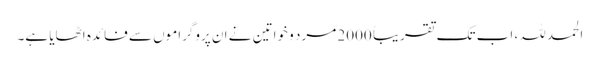
الحمد للہ، اب تک تقریباً 2000 مرد و خواتین نے ان پروگراموں سے فائدہ اٹھایا ہے۔